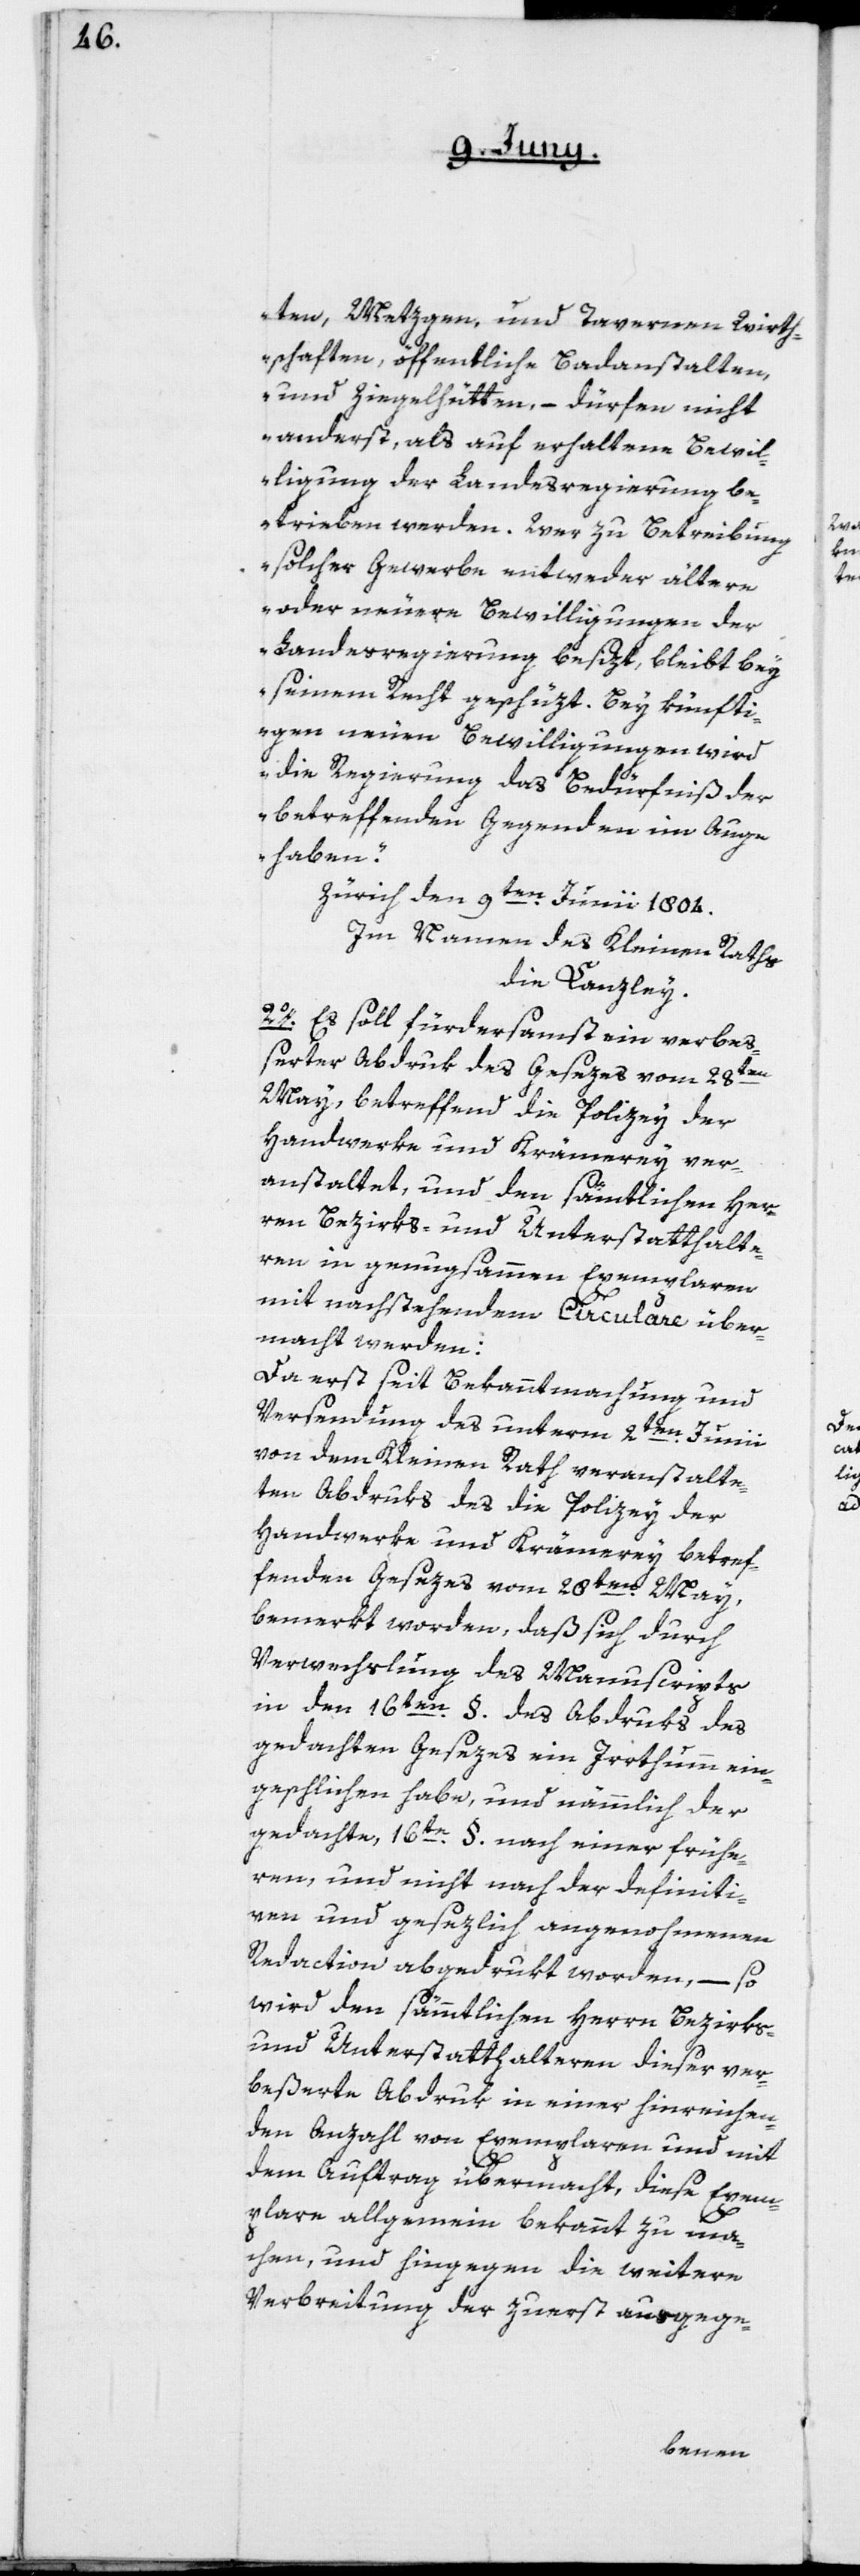
ten, Metzgen und Tavernen-Wirth¬
schaften, öffentliche Badanstalten
und Ziegelhütten, – dürfen nicht
anderst, als auf erhaltene Bewil¬
ligung der Landesregierung be¬
trieben werden. Wer zu Betreibung
solcher Gewerbe entweder ältere
oder neuere Bewilligungen der
Landesregierung besizt, bleibt bey
seinem Recht geschüzt. Bey künfti¬
gen neuen Bewilligungen wird
die Regierung das Bedürfniß der
betreffenden Gegenden im Auge
haben.“
Zürich den 9ten Junii 1804.
Im Namen des Kleinen Raths
die Canzley.
2o. Es soll fürdersamst ein verbeß¬
erter Abdruk des Gesezes vom 28ten
May, betreffend die Polizey der
Handwerke und Krämerey ver¬
anstaltet, und den sämtlichen Her¬
ren Bezirks- und Unterstatthalte¬
ren in genugsammen Exemplaren
mit nachstehendem Circulare über¬
macht werden:
Da erst seit Bekanntmachung und
Versendung des unterm 2ten Junii
von dem Kleinen Rath veranstalte¬
ten Abdruks des die Polizey der
Handwerke und Krämerey betref¬
fenden Gesezes vom 28ten May,
bemerkt worden, daß sich durch
Verwechslung des Manuscripts
in den 16ten §. des Abdruks des
gedachten Gesezes ein Irrthum ein¬
geschlichen habe, und nämmlich der
gedachte, 16te §. nach einer frühe¬
ren, und nicht nach der definiti¬
ven und gesezlich angenohmenen
Redaction abgedrukt worden, – so
wird den sämmtlichen Herren Bezirks-
und Unterstatthalteren dieser ver¬
beßerte Abdruk in einer hinreichen¬
den Anzahl von Exemplaren und mit
dem Auftrag übermacht, diese Exem¬
plare allgemein bekannt zu ma¬
chen, und hingegen die weitere
Verbreitung der zuerst ausgege-